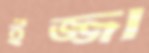
ইজ্জা